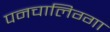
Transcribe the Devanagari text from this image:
पनचालिग्गा